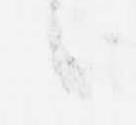
候